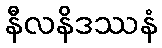
နီလနိဒဿနံ